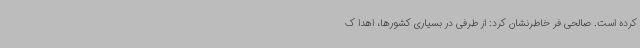
کرده است. صالحی فر خاطرنشان کرد: از طرفی در بسیاری کشورها، اهدا ک